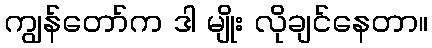
ကျွန်တော်က ဒါ မျိုး လိုချင်နေတာ။